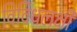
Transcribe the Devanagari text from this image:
विविधलक्षी